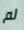
لم